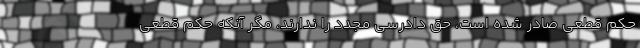
حکم قطعی صادر شده است، حق دادرسی مجدد را ندارند، مگر آنکه حکم قطعی